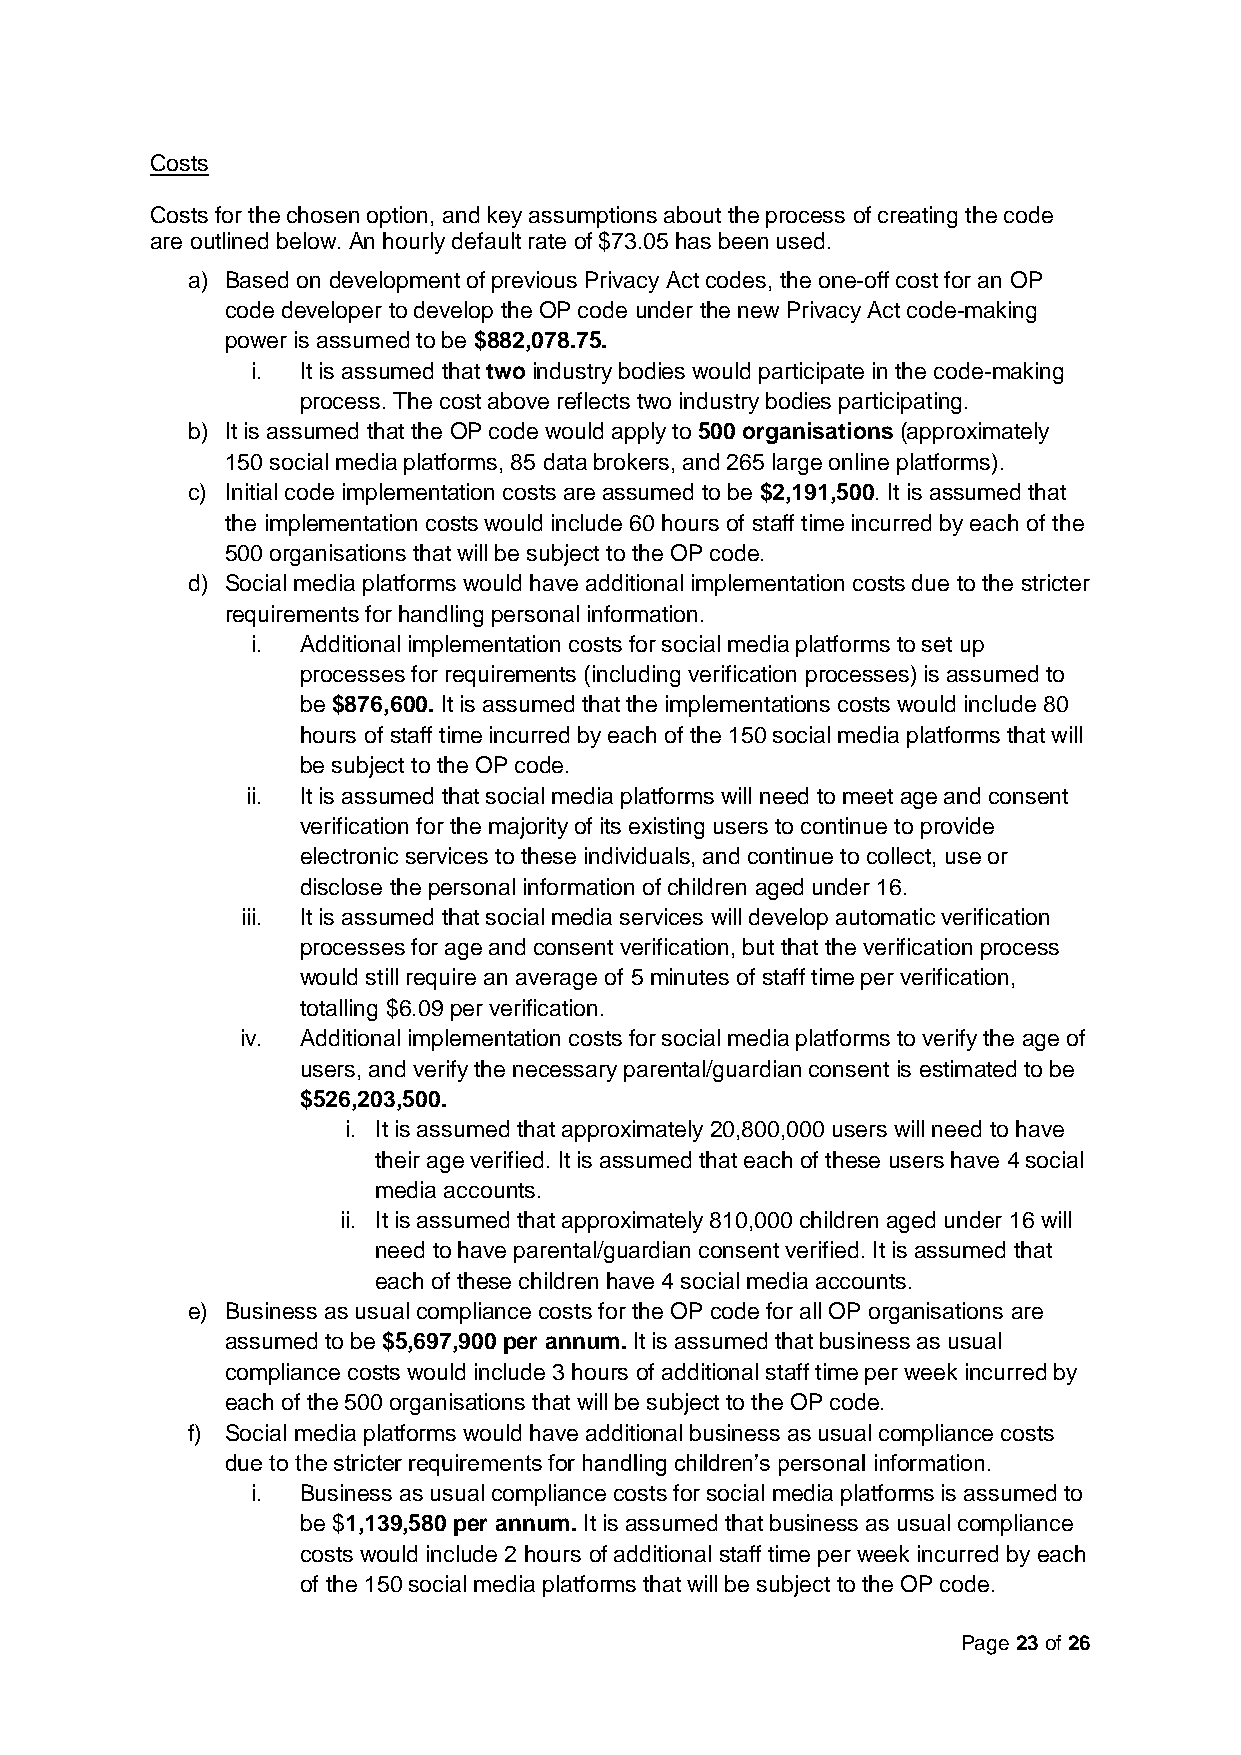
Costs
 Costs for the chosen option, and key assumptions about the process of creating the code
 are outlined below. An hourly default rate of $73.05 has been used.
 a) Based on development of previous Privacy Act codes, the one-off cost for an OP
 code developer to develop the OP code under the new Privacy Act code-making
 power is assumed to be $882,078.75.
 i. It is assumed that two industry bodies would participate in the code-making
 process. The cost above reflects two industry bodies participating.
 b) It is assumed that the OP code would apply to 500 organisations (approximately
 150 social media platforms, 85 data brokers, and 265 large online platforms).
 c) Initial code implementation costs are assumed to be $2,191,500. It is assumed that
 the implementation costs would include 60 hours of staff time incurred by each of the
 500 organisations that will be subject to the OP code.
 d) Social media platforms would have additional implementation costs due to the stricter
 requirements for handling personal information.
 i. Additional implementation costs for social media platforms to set up
 processes for requirements (including verification processes) is assumed to
 be $876,600. It is assumed that the implementations costs would include 80
 hours of staff time incurred by each of the 150 social media platforms that will
 be subject to the OP code.
 ii. It is assumed that social media platforms will need to meet age and consent
 verification for the majority of its existing users to continue to provide
 electronic services to these individuals, and continue to collect, use or
 disclose the personal information of children aged under 16.
 iii. It is assumed that social media services will develop automatic verification
 processes for age and consent verification, but that the verification process
 would still require an average of 5 minutes of staff time per verification,
 totalling $6.09 per verification.
 iv. Additional implementation costs for social media platforms to verify the age of
 users, and verify the necessary parental/guardian consent is estimated to be
 $526,203,500.
 i. It is assumed that approximately 20,800,000 users will need to have
 their age verified. It is assumed that each of these users have 4 social
 media accounts.
 ii. It is assumed that approximately 810,000 children aged under 16 will
 need to have parental/guardian consent verified. It is assumed that
 each of these children have 4 social media accounts.
 e) Business as usual compliance costs for the OP code for all OP organisations are
 assumed to be $5,697,900 per annum. It is assumed that business as usual
 compliance costs would include 3 hours of additional staff time per week incurred by
 each of the 500 organisations that will be subject to the OP code.
 f) Social media platforms would have additional business as usual compliance costs
 due to the stricter requirements for handling children’s personal information.
 i. Business as usual compliance costs for social media platforms is assumed to
 be $1,139,580 per annum. It is assumed that business as usual compliance
 costs would include 2 hours of additional staff time per week incurred by each
 of the 150 social media platforms that will be subject to the OP code.
 Page 23 of 26